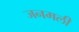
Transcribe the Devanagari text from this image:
जनमली